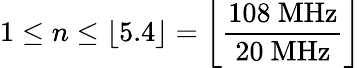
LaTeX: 1\leq n\leq\lfloor 5.4\rfloor=\left\lfloor{\frac{108\ \mathrm{MHz}}{20\ \mathrm{MHz}}}\right\rfloor